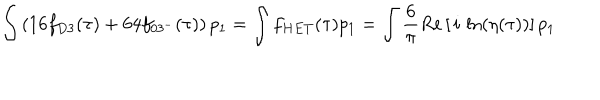
\int \left( 1 6 f _ { D 3 } ( \tau ) + 6 4 f _ { 0 3 ^ { - } } ( \tau ) \right) p _ { 1 } = \int f _ { H E T } ( \tau ) p _ { 1 } = \int \frac { 6 } { \pi } R e \left[ \, i \, \ln ( \eta ( \tau ) ) \right] p _ { 1 }